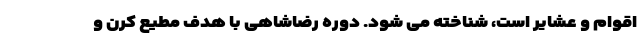
اقوام و عشایر است، شناخته می شود. دوره رضاشاهی با هدف مطیع کرن و